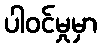
ပါဝင်မှုမှာ